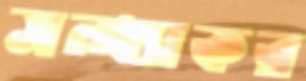
সন্ধ্যাকর